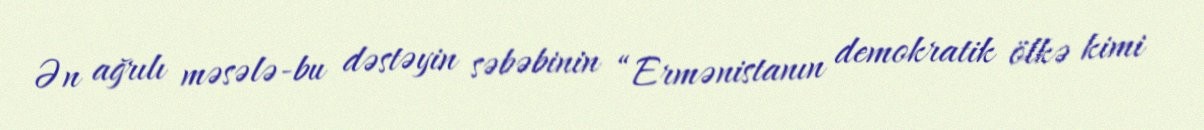
Ən ağrılı məsələ-bu dəstəyin səbəbinin “Ermənistanın demokratik ölkə kimi